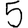
Digit: 5